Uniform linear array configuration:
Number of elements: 24
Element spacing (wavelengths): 1
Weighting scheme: binomial
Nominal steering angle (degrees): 30
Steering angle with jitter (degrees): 31.566
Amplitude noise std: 0.05
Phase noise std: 0.05

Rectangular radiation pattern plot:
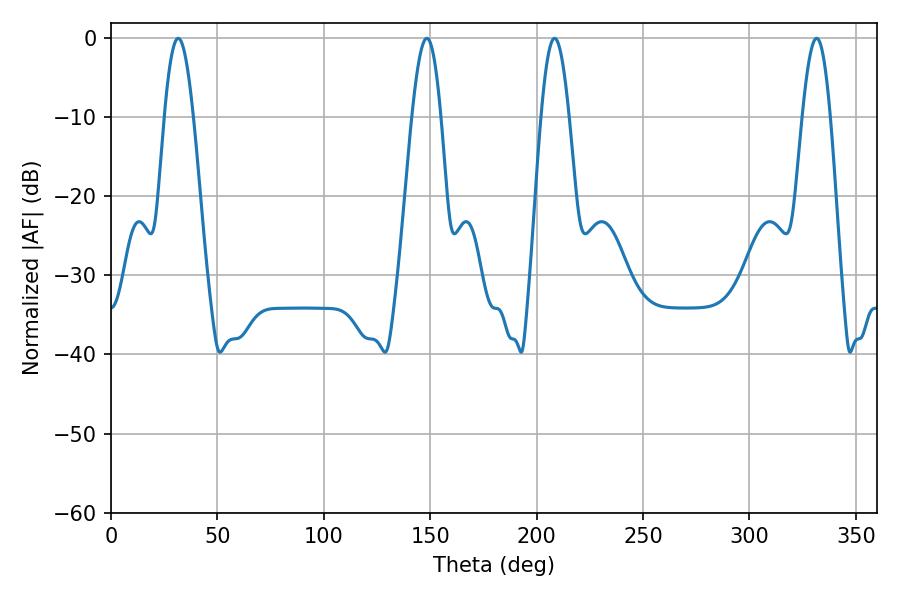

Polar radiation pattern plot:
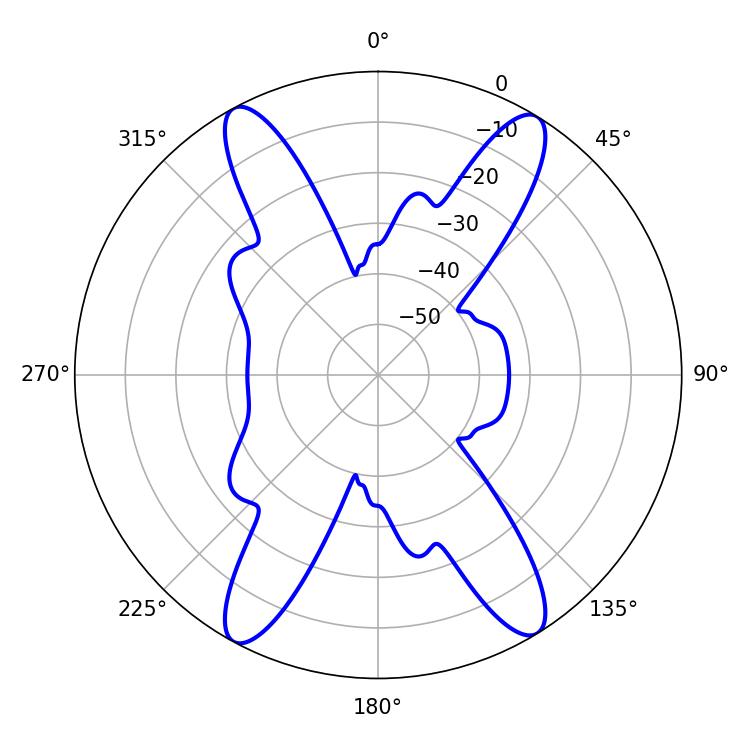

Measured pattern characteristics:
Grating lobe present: TRUE
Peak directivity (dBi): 21.023
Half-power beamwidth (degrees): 7.02
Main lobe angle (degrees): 208.44